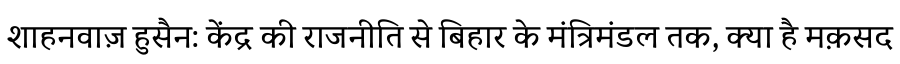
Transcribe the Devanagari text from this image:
शाहनवाज़ हुसैन: केंद्र की राजनीति से बिहार के मंत्रिमंडल तक, क्या है मक़सद